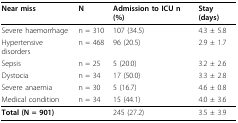
| Near miss | N | Admission to ICU n (%) | Stay (days) |
 | --- | --- | --- | --- |
 | Severe haemorrhage | n = 310 | 107 (34.5) | 4.3 ± 5.8 |
 | Hypertensive disorders | n = 468 | 96 (20.5) | 2.9 ± 1.7 |
 | Sepsis | n = 25 | 5 (20.0) | 3.2 ± 2.6 |
 | Dystocia | n = 34 | 17 (50.0) | 3.3 ± 2.8 |
 | Severe anaemia | n = 30 | 5 (16.7) | 4.6 ± 0.8 |
 | Medical condition | n = 34 | 15 (44.1) | 4.0 ± 3.6 |
 | Total (N = 901) |  | 245 (27.2) | 3.5 ± 3.9 |